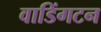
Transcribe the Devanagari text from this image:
वाडिंगटन